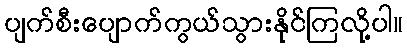
ပျက်စီးပျောက်ကွယ်သွားနိုင်ကြလို့ပါ။